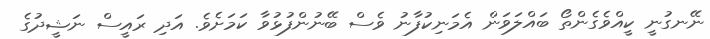
ނޭނގުނީ ކީއްވެގެންތޯ ބައްލަވަން އެމަނިކުފާނު ވެސް ބޭނުންފުޅުވާ ކަމަށެވެ. އަދި ރައީސް ނަޝީދުގެ